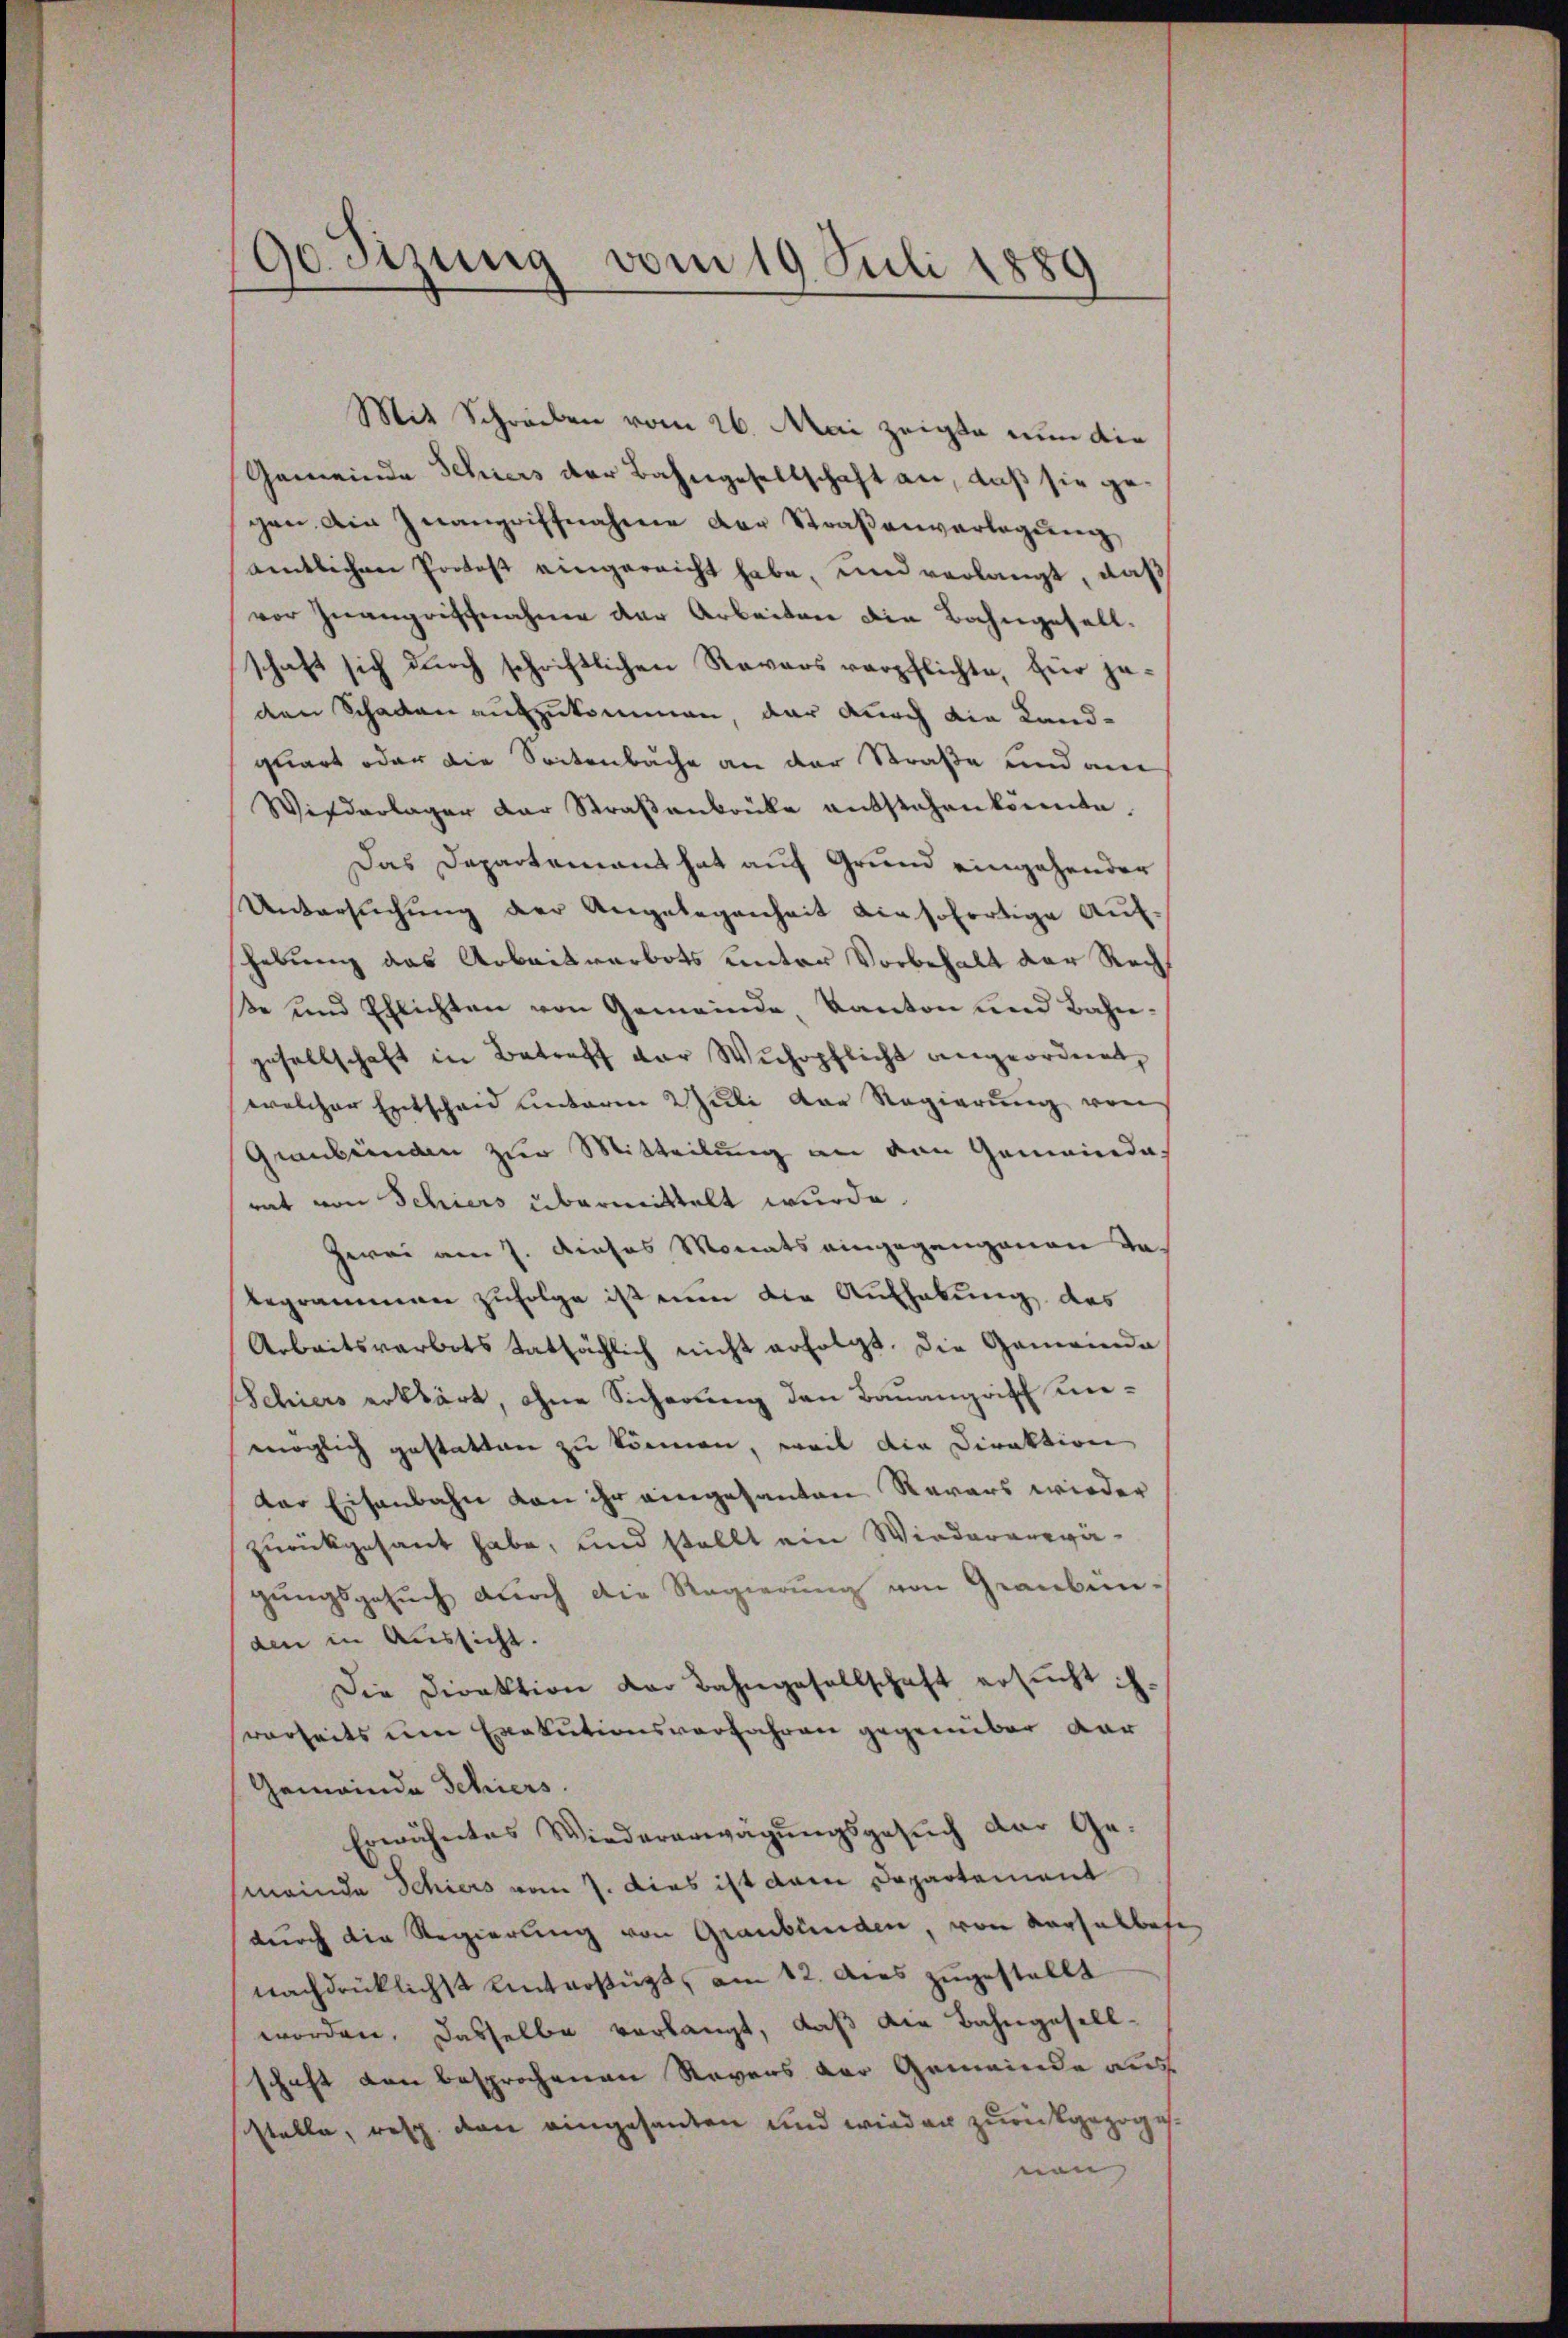
90. Sizung vom 19. Juli 1889

Mit Schreiben vom 26. Mai zeigte nun die
Gemeinde Schiers der Bahngesellschaft an, daß sie gegen, ain Inangriffnahme der Straβenverlegŭng
amtlichen Protost eingereicht habe, und verlangt, daß
vor Inangriffnahme der Arbeiten die Bahngesell-
schaft sich durch schriftlichen Ravars verpflichte, für jeden Schaden auszukommen, der durch die Land-
quart oder die Sockenbäche an der Straße und am
Wiederlager der Straßenbrüke entstehen könnte.
Das Departement hat auf Grund eingehender
Untersŭchŭng der Angelegenheit die sofortige Aufhebung das Arbeitverbots unter Vorbehalt der Reche und Ehlichten von Gemeinde Kanton und Bahngesellschaft in Betreff der Wuhrpflicht angeordnet,
welcher Entscheid unterm 2 Juli der Regierung von
Graubünden zur Mitteilung an von Gemeinde-
rat von Schiers übermittelt wurde.
Zwei am 7. Dieses Monats eingegangenen da
Regrammen zufolge ist nun die Aufhebung des
Arbeitsverbots tatsächlich nicht erfolgt. Die Gemeinde
Schiers erklärt, ohne Sicherung den Bauangriff unmöglich gestatten zu können, weil die Direktion
Der Eisenbahn von ihr eingesanten Revars wieder
zurückgesant habe, und stellt ein Wiederanewägungsgesuch durch die Regierung von Graubün-
den in Aussicht.
Die Direktion der Bahngesellschaft ersucht is
verseits um Exekutionsverfahren gegenüber dar
Gemeinde Schiers.
Erwähntes Wiedererwägŭngsgesŭch der Ge-
meinde Schiers vom 7. Dies ist dem Departement
durch die Regierung von Graubünden, von Karsalbese
nachdrücklichst Unterfügt, am 12. Aus zugestellt
worden. Dasselbe verlangt, daß die Bahngesellschaft von besprochenen Revers der Gemeinde aus
stelle, resp. von eingesanden und wird er zurückgezoge
von